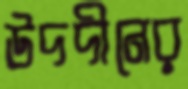
উদদীনের